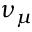
\nu _ { \mu }